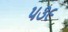
૫૩૯